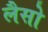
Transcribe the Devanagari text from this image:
लैसो